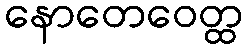
နောတေဝေတ္ထ